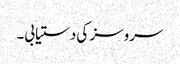
سروسز کی دستیابی۔